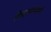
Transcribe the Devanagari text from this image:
विद्यावाच्य्स्पती